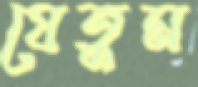
যেতুম